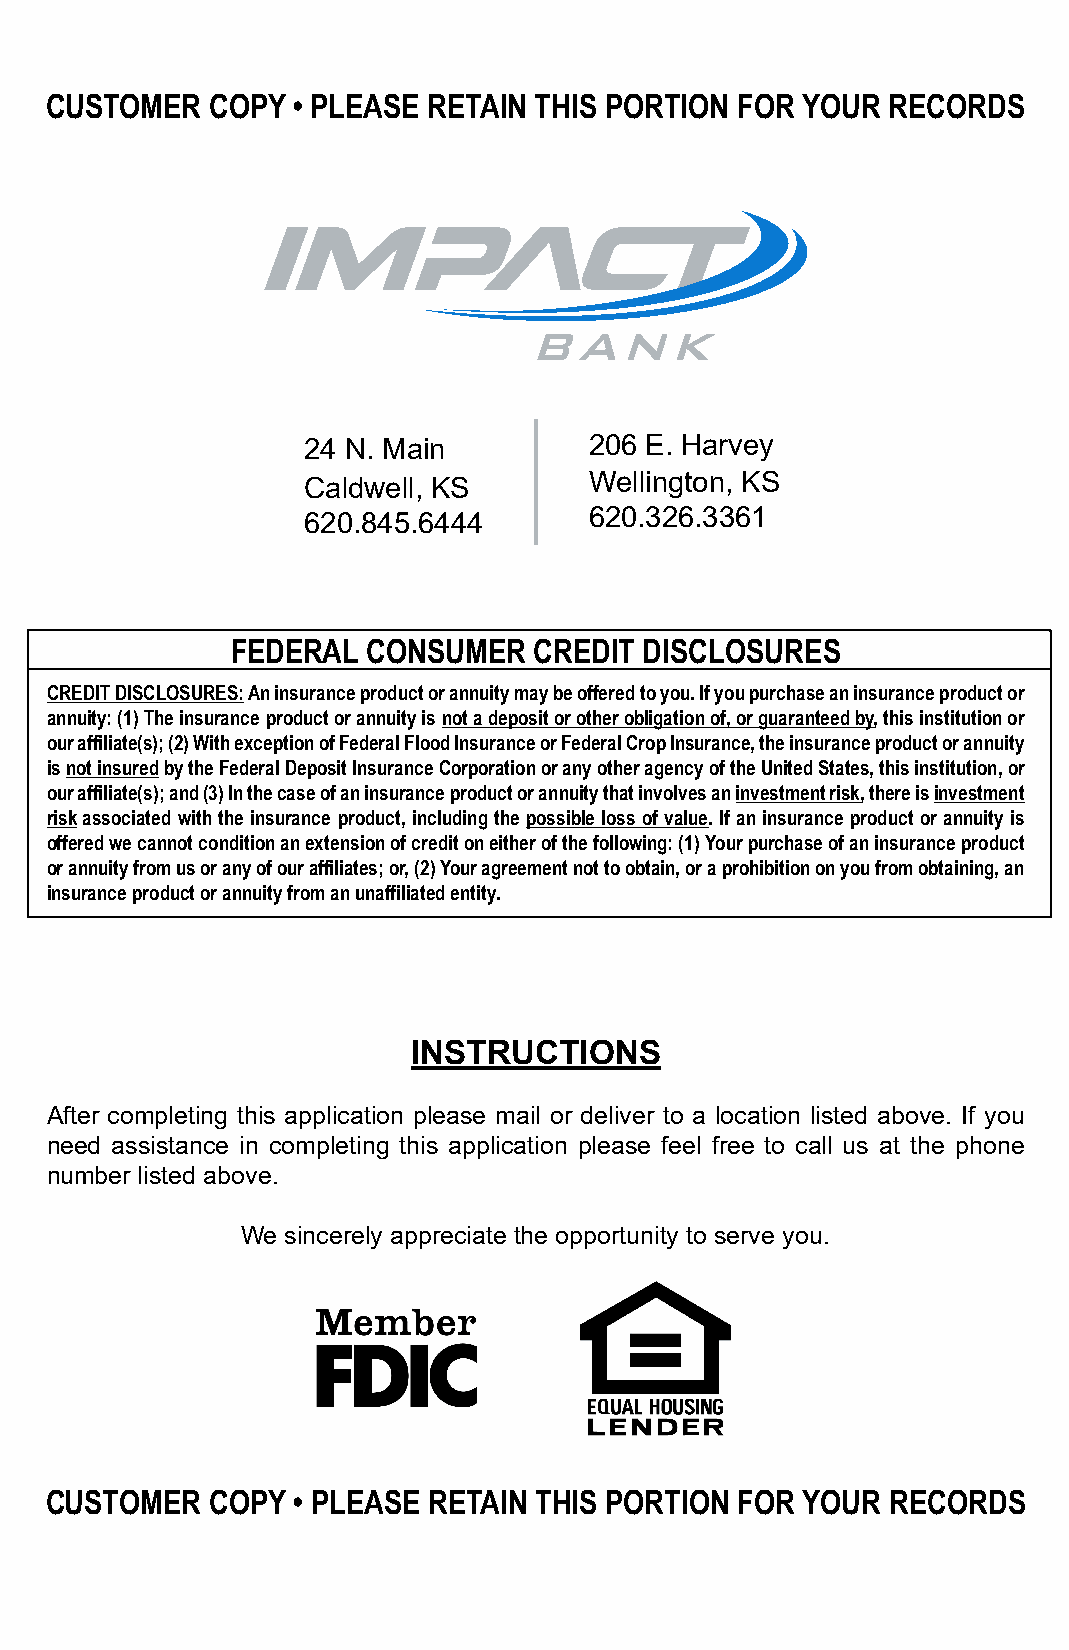
CUSTOMER   COPY • PLEASE RETAIN THIS PORTION  FOR YOUR  RECORDS
 24 N. Main         206 E. Harvey
 Caldwell, KS       Wellington, KS
 620.845.6444       620.326.3361
 FEDERAL  CONSUMER   CREDIT DISCLOSURES
 CREDIT DISCLOSURES: An insurance product or annuity may be offered to you. If you purchase an insurance product or
 annuity: (1) The insurance product or annuity is not a deposit or other obligation of, or guaranteed by, this institution or
 our affiliate(s); (2) With exception of Federal Flood Insurance or Federal Crop Insurance, the insurance product or annuity
 is not insured by the Federal Deposit Insurance Corporation or any other agency of the United States, this institution, or
 our affiliate(s); and (3) In the case of an insurance product or annuity that involves an investment risk, there is investment
 risk associated with the insurance product, including the possible loss of value. If an insurance product or annuity is
 offered we cannot condition an extension of credit on either of the following: (1) Your purchase of an insurance product
 or annuity from us or any of our affiliates; or, (2) Your agreement not to obtain, or a prohibition on you from obtaining, an
 insurance product or annuity from an unaffiliated entity.
 INSTRUCTIONS
 After completing this application please mail or deliver to a location listed above. If you
 need assistance in completing this application please feel free to call us at the phone
 number listed above.
 We sincerely appreciate the opportunity to serve you.
 CUSTOMER   COPY • PLEASE RETAIN THIS PORTION  FOR YOUR  RECORDS